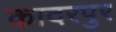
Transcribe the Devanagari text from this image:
कादरपुर